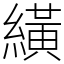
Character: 䌙